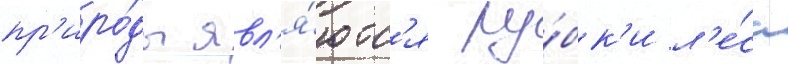
пр'иро́ды явл'я́ютс'я ру́бк'и л'е́са